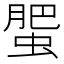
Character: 蜰